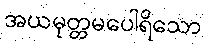
အယမုတ္တမပေါရိသော